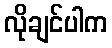
လိုချင်ပါက